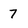
Character: 7